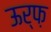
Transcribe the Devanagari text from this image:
ऊर्फ़